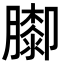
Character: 𦡩